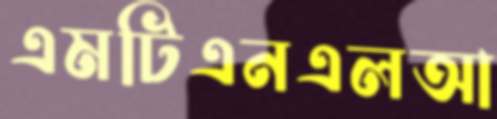
এমটিএনএলআ